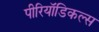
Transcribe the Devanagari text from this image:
पीरियॉडिकल्स